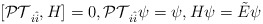
\begin{align*}[\mathcal{PT}_{i\hat{i}} ,H]=0,\mathcal{PT}_{i\hat{i}} \psi=\psi,H\psi=\tilde{E}\psi\end{align*}